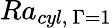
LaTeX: Ra_{cyl,\ \Gamma=1}